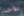
يوجد